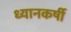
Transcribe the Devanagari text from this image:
ध्यानकर्षी